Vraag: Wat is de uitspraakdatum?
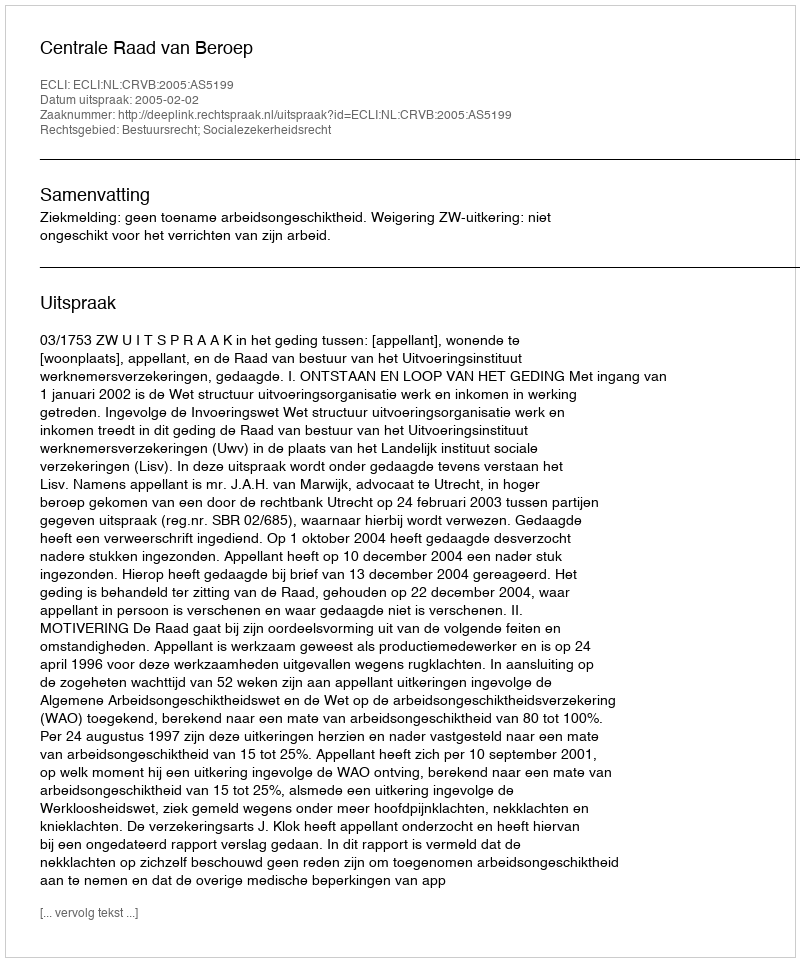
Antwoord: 2005-02-02